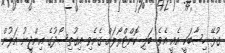
ގުޅޭ ހިސާބަކީ އެއީ އެވެ. ބަލި ކޮންޓްރޯލަށް ގެނެވި އިގުތިސޯދުގެ އިންޖީނު އަލުން